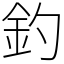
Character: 釣